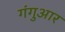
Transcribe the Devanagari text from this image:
गंगुआर